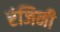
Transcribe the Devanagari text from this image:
रंजिनी